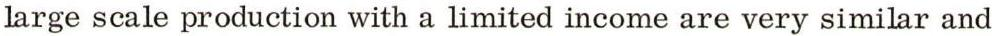
large scale production with a limited income are very similar and